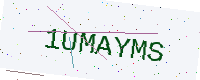
Text: 1UMAYMS